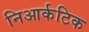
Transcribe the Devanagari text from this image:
निआर्कटिक